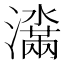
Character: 𬉞